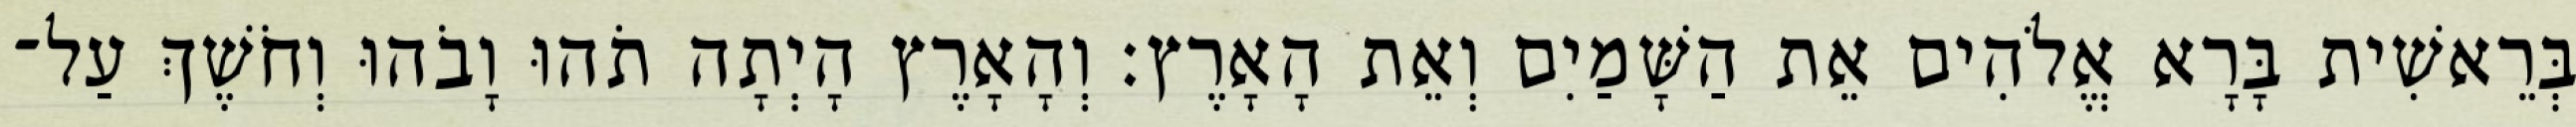
בְּרֵאשִׁית בָּרָא אֱלֹהִים אֵת הַשָּׁמַיִם וְאֵת הָאָרֶץ׃ וְהָאָרֶץ הָיְתָה תֹהוּ וָבֹהוּ וְחֹשֶׁךְ עַל־